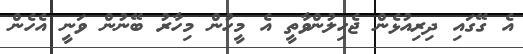
އެ ގޭގައި ދިރިއުޅެން ޖެހިލުންވާތީ އެ މީހުން މިހާރު ބޭނުން ވަނީ އެހެން